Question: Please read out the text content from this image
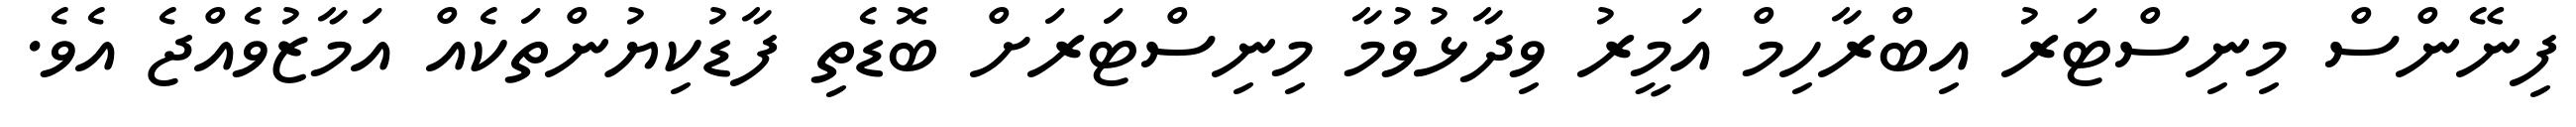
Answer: ފިނޭންސް މިނިސްޓަރު އިބްރާހިމް އަމީރު ވިދާޅުވުމާ މިނިސްޓަރަށް ބޮޑެތި ފާޑުކިޔުންތަކެއް އަމާޒުވެއްޖެ އެވެ.